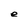
Character: e